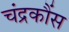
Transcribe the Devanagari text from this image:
चंद्रकौंस